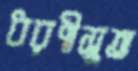
ধরণীসুত